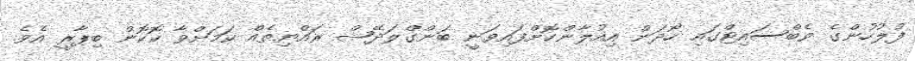
ފުލުހުންގެ ވެބްސައިޓްގައި ހޯދަން އިއުލާންކޮށްފައިވަނީ ބަންގްލަދޭޝް ރައްޔިތެއް ކަމަށްވާ ކޮކޮން ބިޕާރީ އެެވެ.